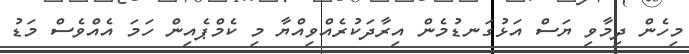
މިހެން ދިމާވި ޔަސް އަޅުގަނޑުމެން އިރާދަކުރެއްވިއްޔާ މި ކެމްޕެއިން ހަމަ އެއްވެސް މަޑު